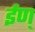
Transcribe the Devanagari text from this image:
ईण्